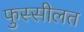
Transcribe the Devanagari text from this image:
फुस्सीलत